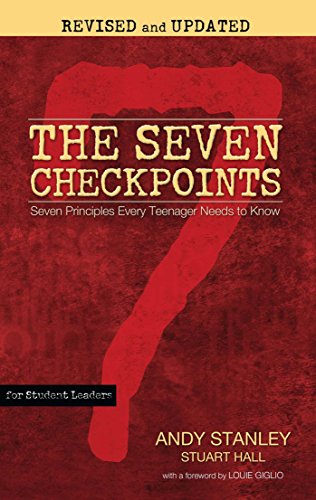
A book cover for The Seven Checkpoints for Student Leaders: Seven Principles Every Teenager Needs to Know; Andy Stanley; Christian Books & Bibles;